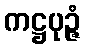
ကဋ္ဌပုဉ္ဇံ